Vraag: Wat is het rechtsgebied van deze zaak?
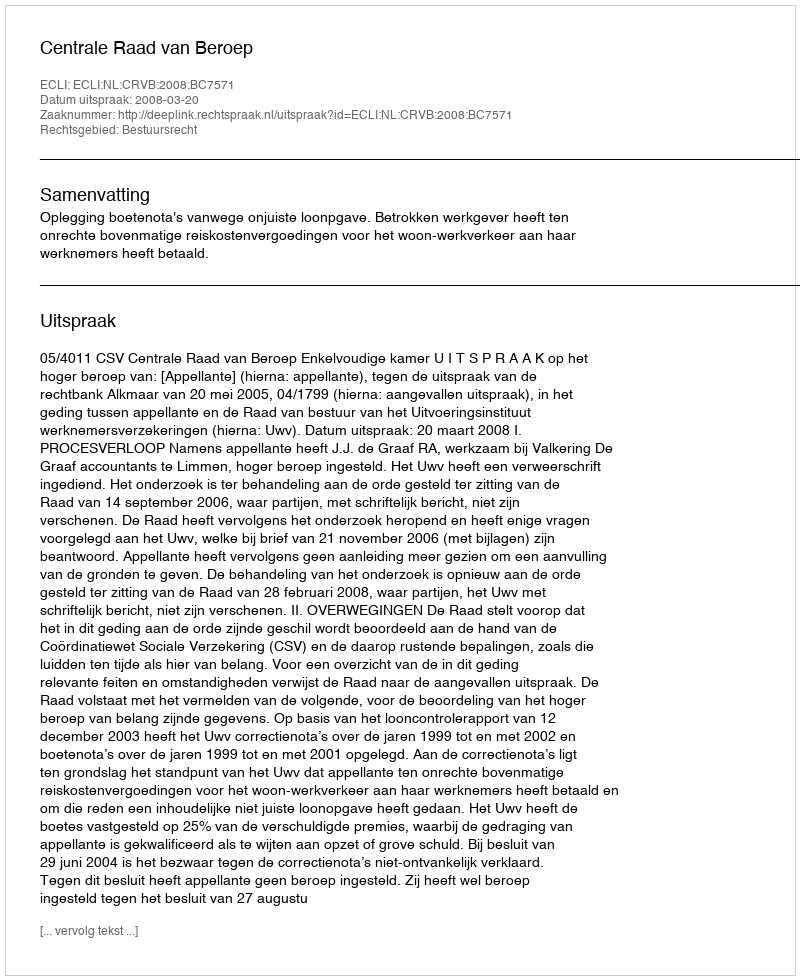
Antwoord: Bestuursrecht